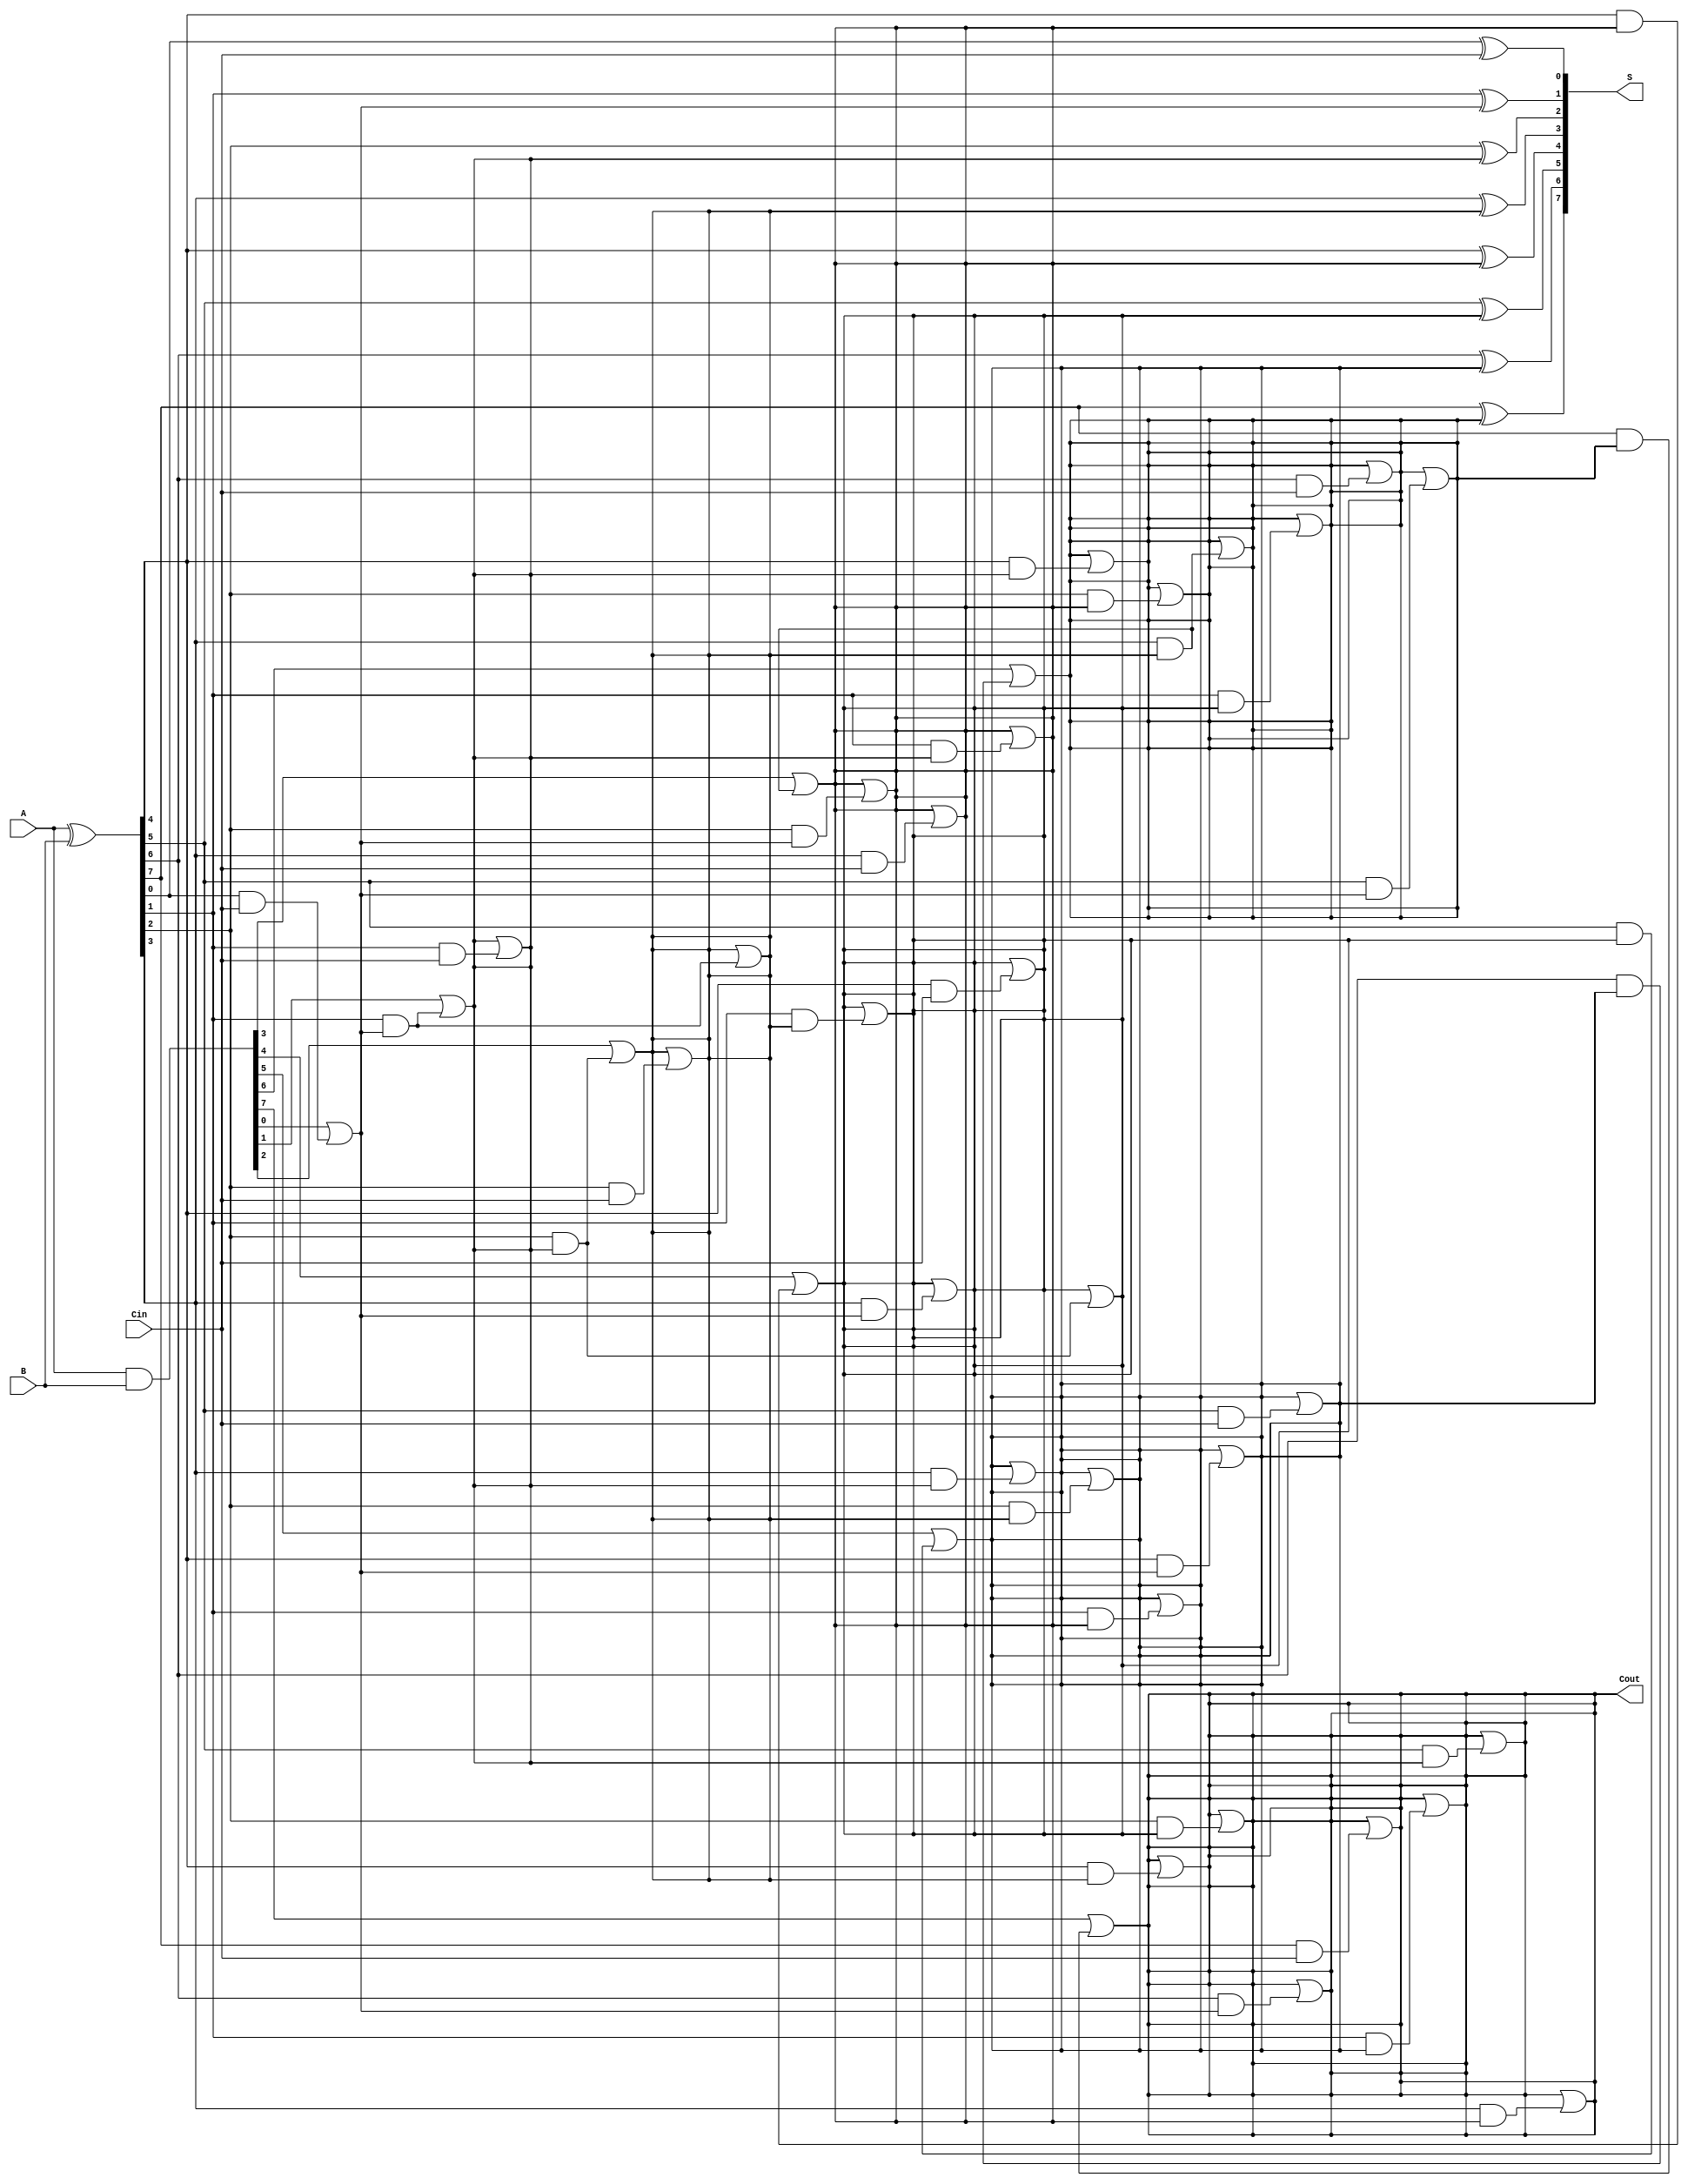
module KoggeStoneAdder #(
    parameter N = 8  // Parameter for the bit-width of the adder
) (
    input [N-1:0] A,      // First input operand
    input [N-1:0] B,      // Second input operand
    input Cin,            // Carry-in
    output [N-1:0] S,     // Sum output
    output Cout           // Carry out
);

    // Generate and Propagate signals
    wire [N-1:0] G;  // Generate signals
    wire [N-1:0] P;  // Propagate signals
    wire [N:0] C;    // Carry signals (C[0] = Cin)

    assign G = A & B;              // Generate
    assign P = A ^ B;              // Propagate
    assign C[0] = Cin;             // Carry-in

    // Carry generation stage (Kogge-Stone tree)
    genvar i, j, k;
    
    // First level of carry generation
    generate
        for (i = 0; i < N; i = i + 1) begin : level0
            assign C[i+1] = G[i] | (P[i] & C[i]);
        end
    endgenerate

    // Carry generation for higher levels
    generate
        for (i = 1; i < N; i = i + 1) begin: levels
            for (j = 0; j < i; j = j + 1) begin: carry_block
                if (i - j < N) begin
                    assign C[i+1] = C[i+1] | (P[i-j] & C[j]);
                end
            end
        end
    endgenerate

    // Sum generation stage
    generate
        for (k = 0; k < N; k = k + 1) begin : sum_gen
            assign S[k] = P[k] ^ C[k];
        end
    endgenerate

    // Final carry-out
    assign Cout = C[N];

endmodule